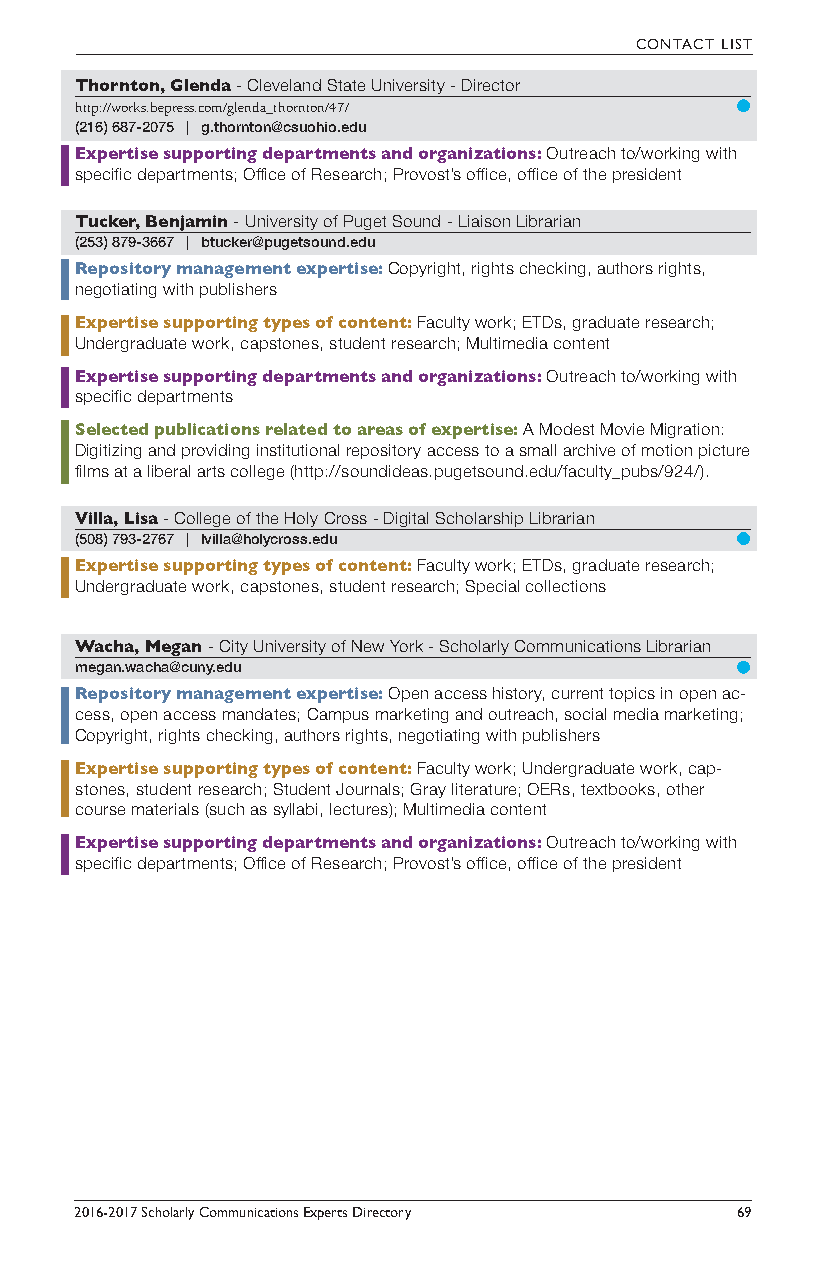
CONTACT LIST
 Thornton, Glenda - Cleveland State University - Director
 http://works.bepress.com/glenda_thornton/47/
 (216) 687-2075 | g.thornton@csuohio.edu
 Expertise supporting departments and organizations: Outreach to/working with
 specific departments; Office of Research; Provost’s office, office of the president
 Tucker, Benjamin - University of Puget Sound - Liaison Librarian
 (253) 879-3667 | btucker@pugetsound.edu
 Repository management expertise: Copyright, rights checking, authors rights,
 negotiating with publishers
 Expertise supporting types of content: Faculty work; ETDs, graduate research;
 Undergraduate work, capstones, student research; Multimedia content
 Expertise supporting departments and organizations: Outreach to/working with
 specific departments
 Selected publications related to areas of expertise: A Modest Movie Migration:
 Digitizing and providing institutional repository access to a small archive of motion picture
 films at a liberal arts college (http://soundideas.pugetsound.edu/faculty_pubs/924/).
 Villa, Lisa - College of the Holy Cross - Digital Scholarship Librarian
 (508) 793-2767 | lvilla@holycross.edu
 Expertise supporting types of content: Faculty work; ETDs, graduate research;
 Undergraduate work, capstones, student research; Special collections
 Wacha, Megan - City University of New York - Scholarly Communications Librarian
 megan.wacha@cuny.edu
 Repository management expertise: Open access history, current topics in open ac-
 cess, open access mandates; Campus marketing and outreach, social media marketing;
 Copyright, rights checking, authors rights, negotiating with publishers
 Expertise supporting types of content: Faculty work; Undergraduate work, cap-
 stones, student research; Student Journals; Gray literature; OERs, textbooks, other
 course materials (such as syllabi, lectures); Multimedia content
 Expertise supporting departments and organizations: Outreach to/working with
 specific departments; Office of Research; Provost’s office, office of the president
 2016-2017 Scholarly Communications Experts Directory 69